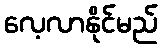
လေ့လာနိုင်မည်